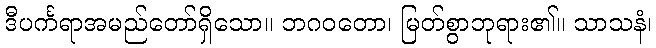
ဒီပင်္ကရာအမည်တော်ရှိသော။ ဘဂဝတော၊ မြတ်စွာဘုရား၏။ သာသနံ၊